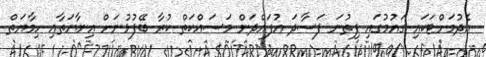
އެދުމަށްޓަކައި ގައުމުގައި ފިތުނަ ފަސާދަ އުފައްދަން މަސައްކަތް ކުރާ ބޭފުޅުނަށް އިނާޔަތާއި ހިމާޔަތް